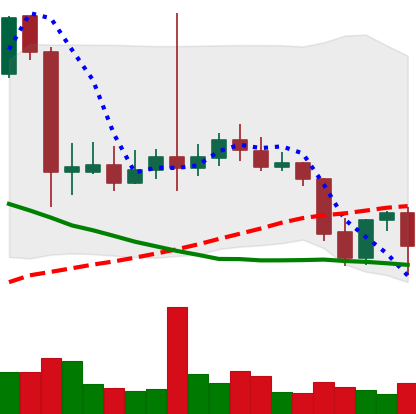
Ticker: LTC-USD
Chart end date: 2021-09-24
Forward return: -4.804%
Label: down_3_5